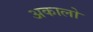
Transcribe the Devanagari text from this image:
अकालो